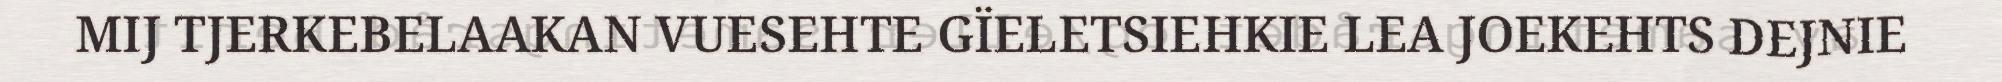
MIJ TJERKEBELAAKAN VUESEHTE GÏELETSIEHKIE LEA JOEKEHTS DEJNIE